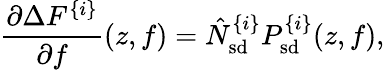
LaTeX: \frac{\partial\Delta F^{\{ i\} }}{\partial f}(z,f)=\hat{N}_{\mathrm{sd}}^{\{ i\} }P_{\mathrm{sd}}^{\{ i\} }(z,f),